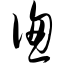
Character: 偬